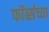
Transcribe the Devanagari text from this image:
फॉर्ब्सच्या